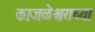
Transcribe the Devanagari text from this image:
काजळेश्वराच्या